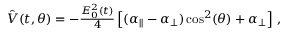
\begin{array} { r } { \hat { V } ( t , \theta ) = - \frac { E _ { 0 } ^ { 2 } ( t ) } { 4 } \left[ ( \alpha _ { \parallel } - \alpha _ { \perp } ) \cos ^ { 2 } ( \theta ) + \alpha _ { \perp } \right] \, , } \end{array}